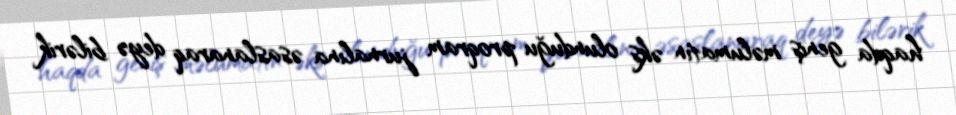
haqda geniş məlumatın əks olunduğu proqram jurnalına əsaslanaraq deyə bilərik